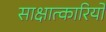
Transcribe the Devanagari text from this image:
साक्षात्कारियों